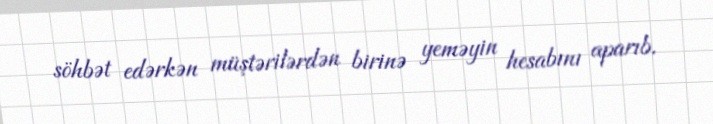
söhbət edərkən müştərilərdən birinə yeməyin hesabını aparıb.